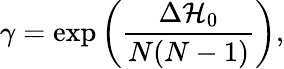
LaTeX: \gamma=\exp{\left(\frac{\Delta\mathcal{H}_{0}}{N(N-1)}\right)},